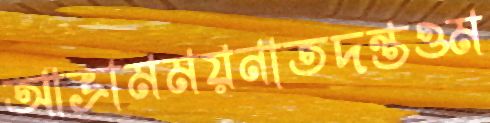
আভ্রামময়নাতদন্তওম